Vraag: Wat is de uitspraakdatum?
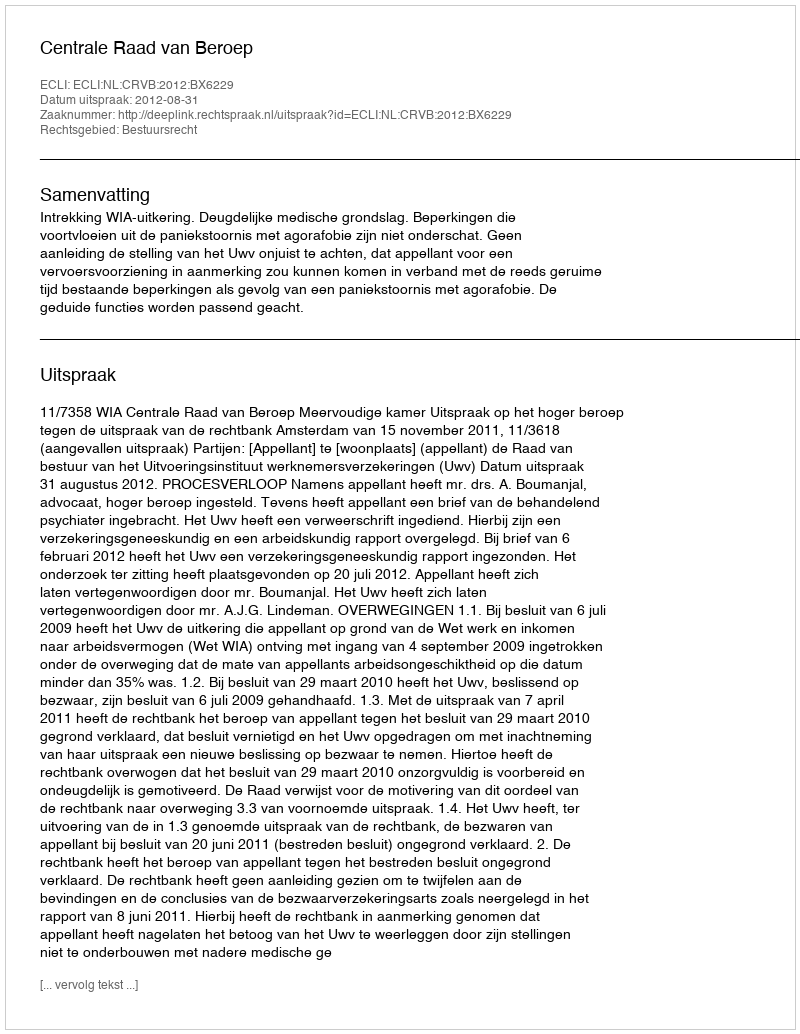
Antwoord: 2012-08-31